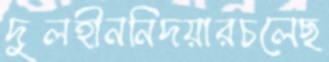
দুলহীননিদয়ারচলেছ